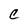
Character: C